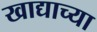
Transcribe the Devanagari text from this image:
खाद्याच्या